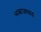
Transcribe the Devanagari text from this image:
साम्राज्यवाद।